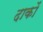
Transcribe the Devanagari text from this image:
दाकों